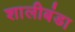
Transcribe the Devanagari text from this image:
शालीबंडा